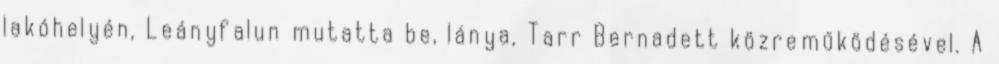
lakóhelyén, Leányfalun mutatta be, lánya, Tarr Bernadett közreműködésével. A